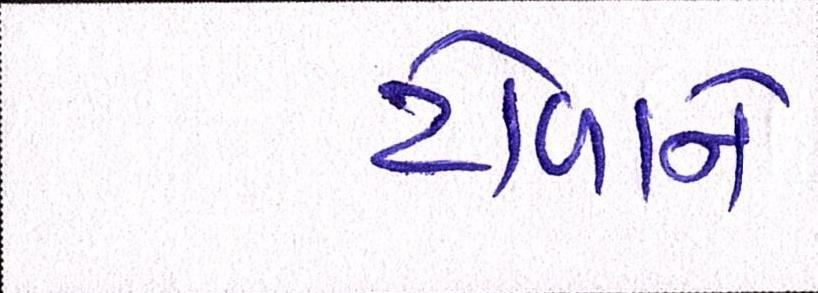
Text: ટોળાને